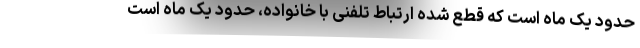
حدود یک ماه است که قطع شده ارتباط تلفنی با خانواده، حدود یک ماه است